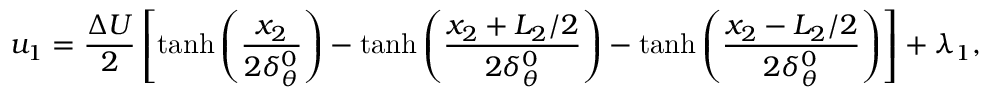
u _ { 1 } = \frac { \Delta U } { 2 } \left[ \operatorname { t a n h } \left( \frac { x _ { 2 } } { 2 \delta _ { \theta } ^ { 0 } } \right) - \operatorname { t a n h } \left( \frac { x _ { 2 } + L _ { 2 } / 2 } { 2 \delta _ { \theta } ^ { 0 } } \right) - \operatorname { t a n h } \left( \frac { x _ { 2 } - L _ { 2 } / 2 } { 2 \delta _ { \theta } ^ { 0 } } \right) \right] + \lambda _ { 1 } ,